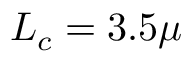
L _ { c } = 3 . 5 \mu